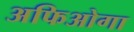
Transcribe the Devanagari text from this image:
अफिओगा